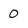
Character: 0